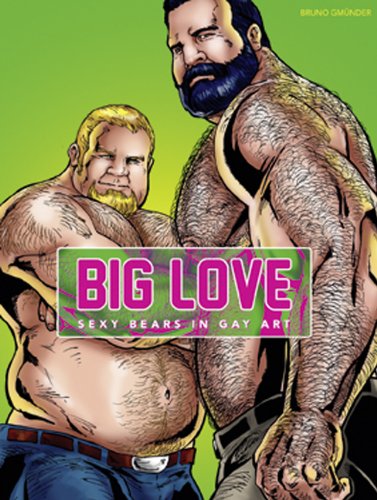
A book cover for Big Love: Sexy Bears in Gay Art; Comics & Graphic Novels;